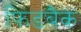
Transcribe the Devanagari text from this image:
फिडबैक